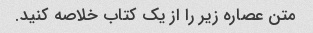
متن عصاره زیر را از یک کتاب خلاصه کنید.